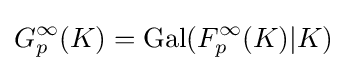
G_{p}^{\infty }(K)=\mathrm {Gal} (F_{p}^{\infty }(K)|K)